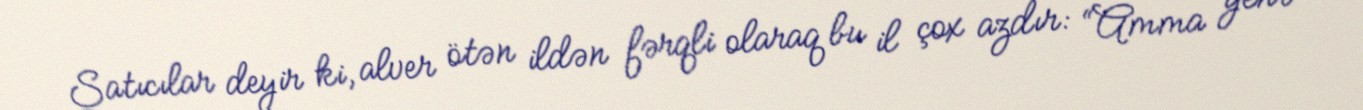
Satıcılar deyir ki, alver ötən ildən fərqli olaraq bu il çox azdır: “Amma yenə